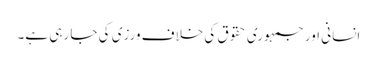
انسانی اور جمہوری حقوق کی خلاف ورزی کی جا رہی ہے۔